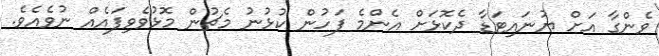
ވެންގާ އަށް ޔުނައިޓަޑާ ދެކޮޅަށް އެންމެ ފަހުން ކުޅުނު މެޗުން މޮޅުވެވިފައެއް ނުވެއެވެ.